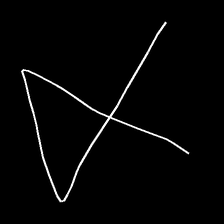
Glyph: collection